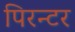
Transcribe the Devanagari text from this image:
पिरन्टर